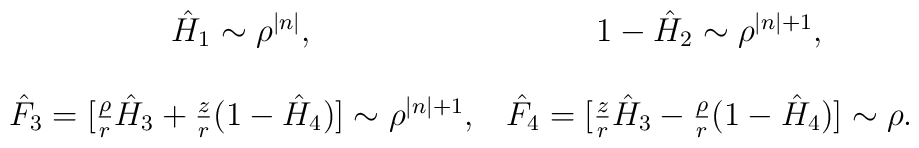
\begin{tabular}{cc}$\hat{H}_1\sim  \rho^{|n|}$, & $1-\hat{H}_2\sim  \rho^{|n|+1}$, \\ & \\$\hat{F}_3=[\frac{\rho}{r} \hat{H}_3 + \frac{z}{r}(1-\hat{H}_4)]\sim \rho^{|n|+1}$,&$\hat{F}_4=[\frac{z}{r} \hat{H}_3 -\frac{\rho}{r}(1-\hat{H}_4)]\sim \rho$.\\\end{tabular}